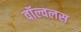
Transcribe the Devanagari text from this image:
वॉल्वलस